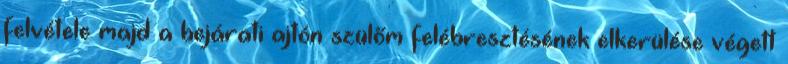
felvétele majd a bejárati ajtón szülőm felébresztésének elkerülése végett